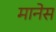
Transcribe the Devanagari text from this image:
मानेस